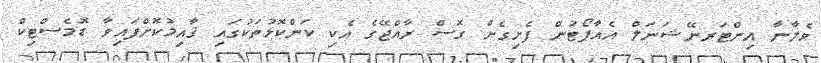
ވެލާނާ އިންޓަރނޭޝަނަލް އެއާޕޯޓުން ފެށިގެން ގޮސް ރާއްޖޭގެ އެކި ކަންކޮޅުތަކުގައި ޤާއިމުކޮށްފައިވާ ޑޮމެސްޓިކް